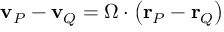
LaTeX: \mathbf { v } _ { P } - \mathbf { v } _ { Q } = { \Omega } \cdot \left( \mathbf { r } _ { P } - \mathbf { r } _ { Q } \right)